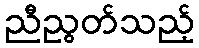
ညီညွတ်သည့်